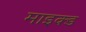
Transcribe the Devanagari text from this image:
माइक्ड